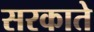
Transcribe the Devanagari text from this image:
सरकाते